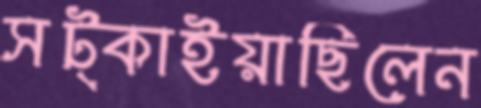
সট্‌কাইয়াছিলেন